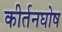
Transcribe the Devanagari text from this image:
कीर्तनघोष